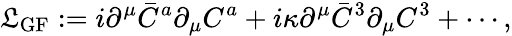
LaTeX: {\cal\mathfrak{L}}_{\mathrm{{GF}}}:=i\partial^{\mu}\bar{{C}}^{a}\partial_{\mu}C^{a}+i\kappa\partial^{\mu}\bar{{C}}^{3}\partial_{\mu}C^{3}+\cdots,